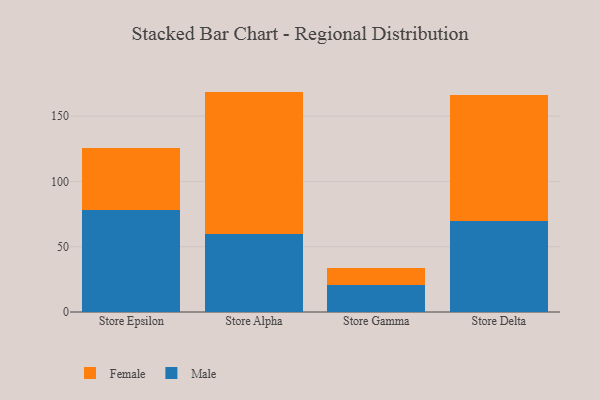
{"axis": {"x": "Store", "y": "Conversion Rate (%)"}, "legend": ["Female", "Male"], "data": [{"x": "Store Epsilon", "y": 78.3, "type": "Male"}, {"x": "Store Epsilon", "y": 47.4, "type": "Female"}, {"x": "Store Alpha", "y": 59.7, "type": "Male"}, {"x": "Store Alpha", "y": 109.1, "type": "Female"}, {"x": "Store Gamma", "y": 20.9, "type": "Male"}, {"x": "Store Gamma", "y": 12.9, "type": "Female"}, {"x": "Store Delta", "y": 69.6, "type": "Male"}, {"x": "Store Delta", "y": 96.8, "type": "Female"}]}